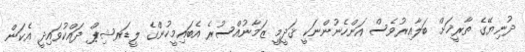
ދުނިޔޭގެ ތާރީޚަށް ބަލާއިރުވެސް އަންހެނުންނަކީ ޤަދީމީ ޒަމާނުއްސުރެ އެބައިމީހުންގެ ލީޑަރޝިޕް ދައްކުވައިދީ އެކަން